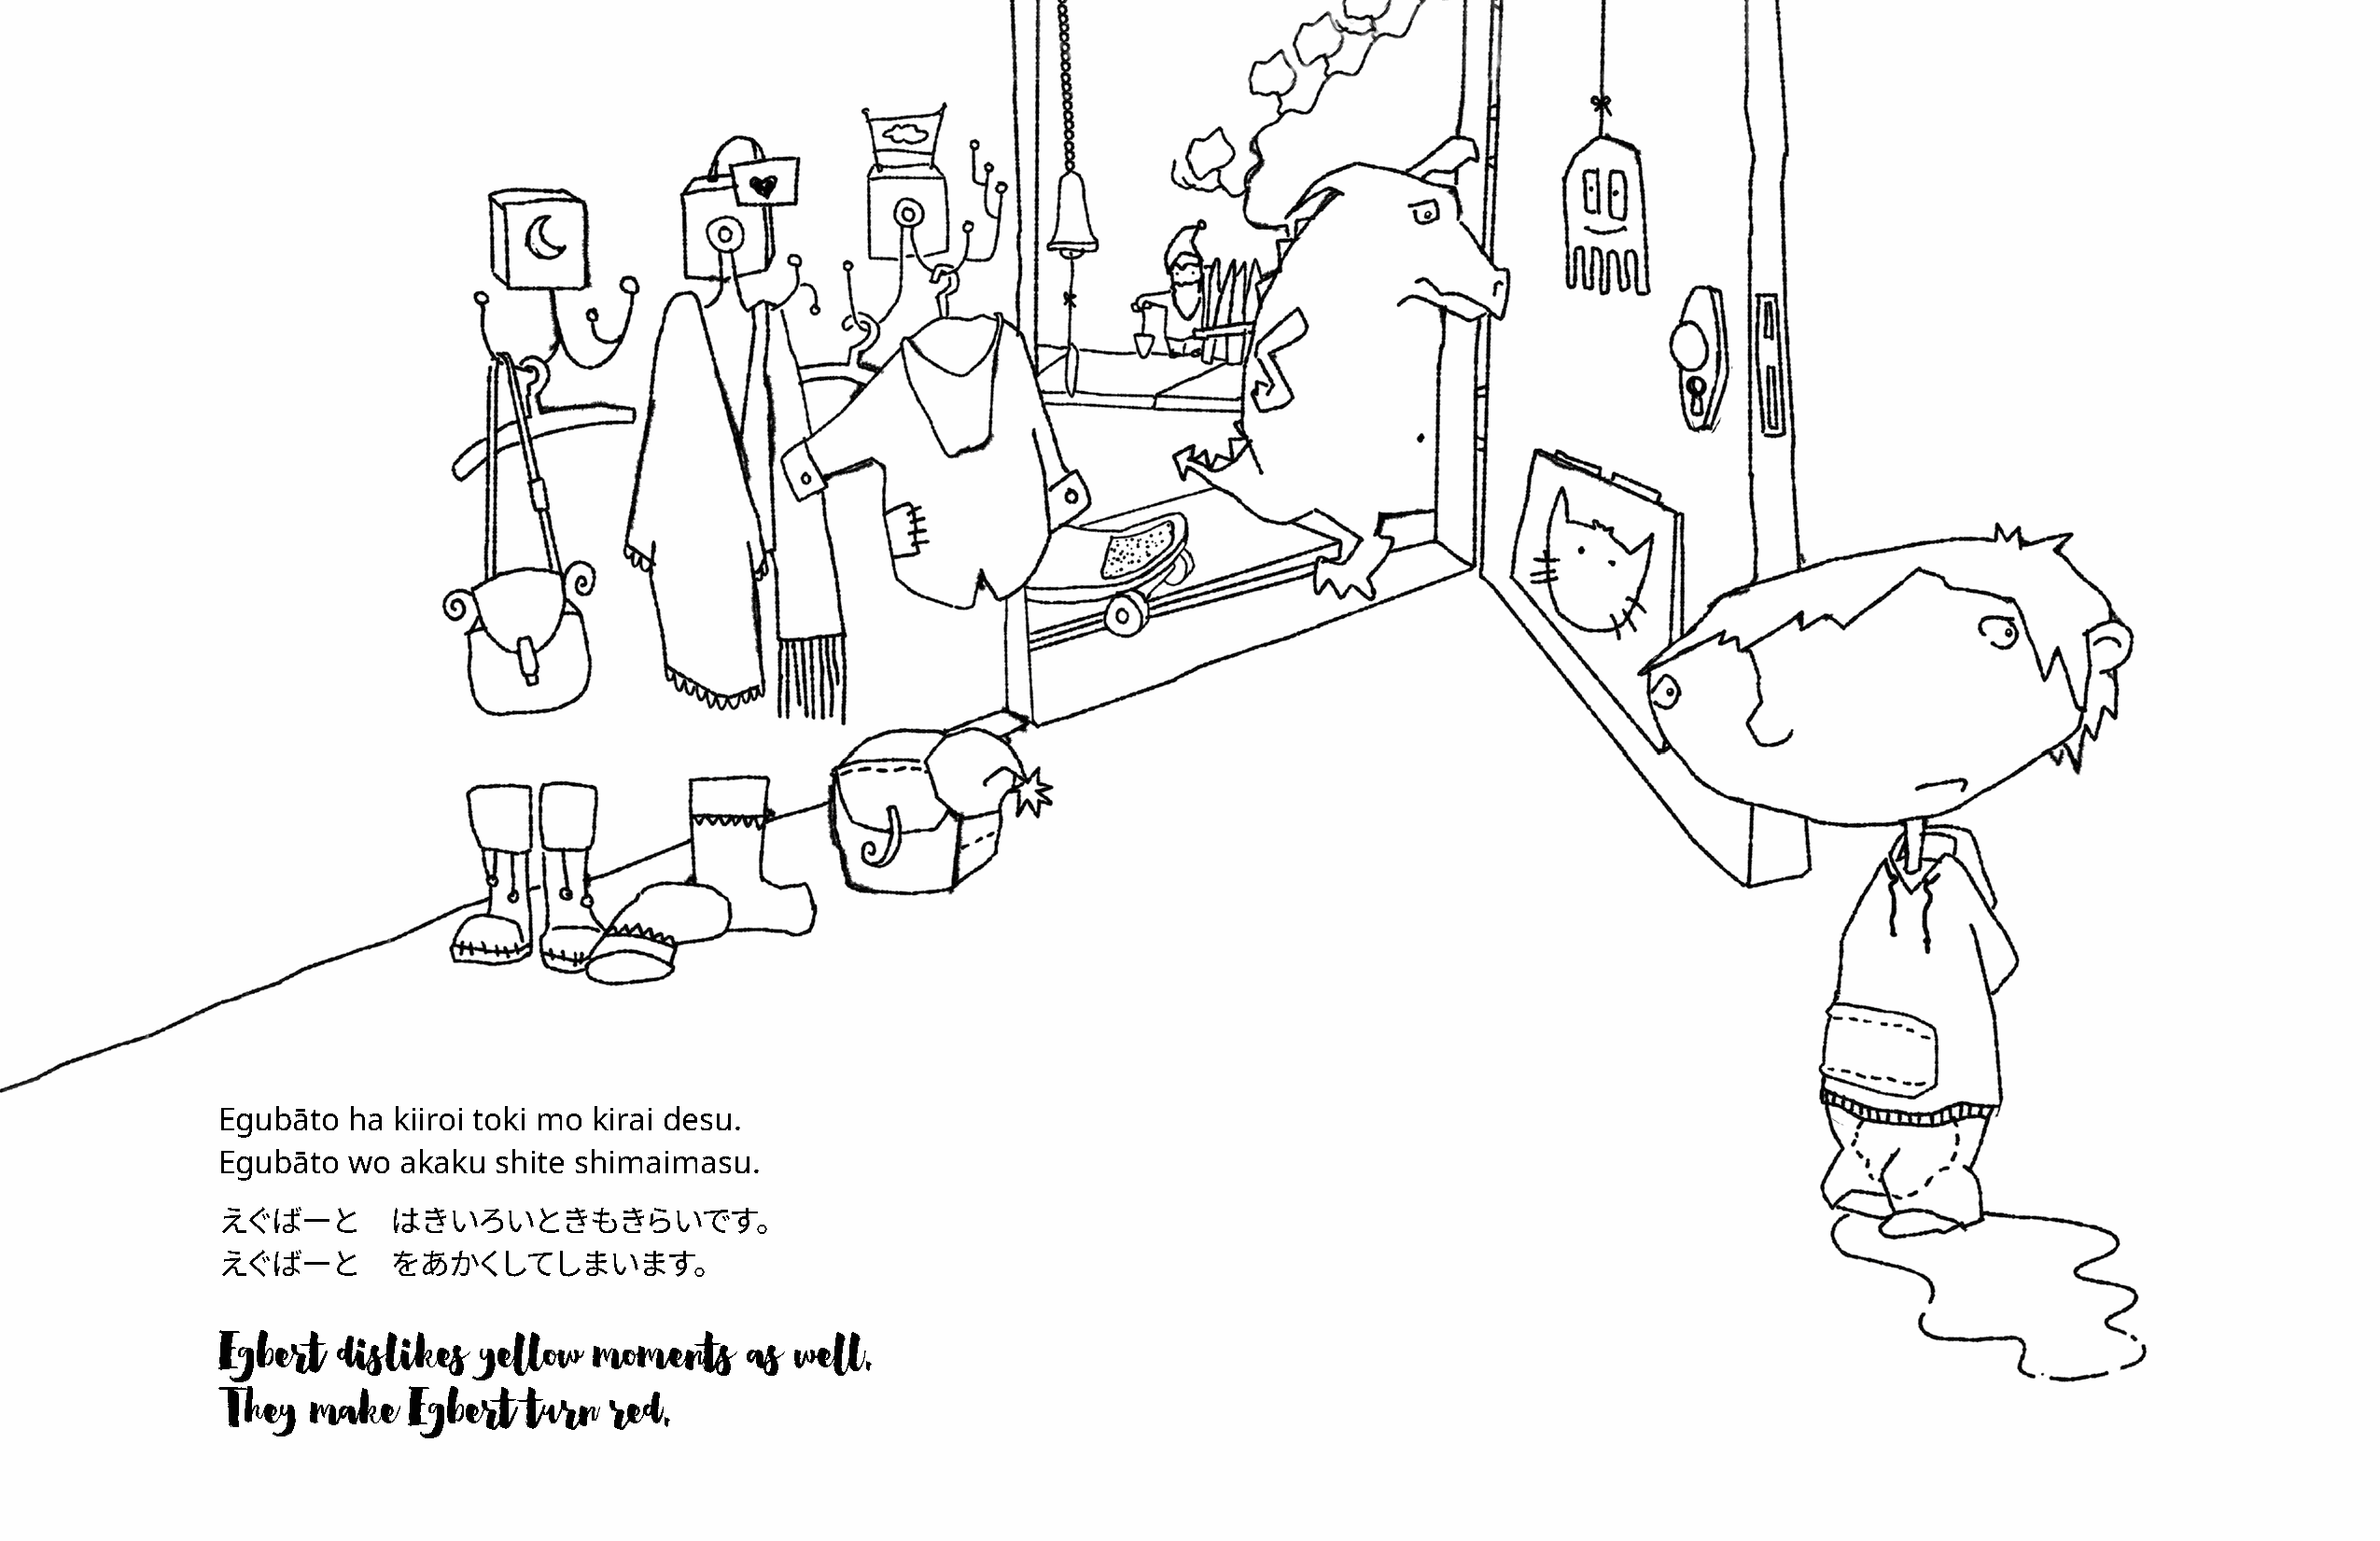
Egubāto   ha kiiroi toki mo kirai desu.
 Egubāto   wo akaku  shite shimaimasu.
 えぐばーと        はきいろいときもきらいです。
 えぐばーと        をあかくしてしまいます。
 Egbert   dislikes  yellow  moments    as well.
 They   make   Egbert  turn  red.